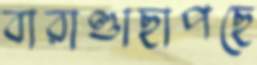
বারাণ্ডাছাপছে